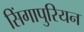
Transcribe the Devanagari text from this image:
सिंगापुरियन